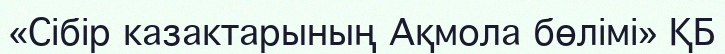
«Сібір казактарының Ақмола бөлімі» ҚБ